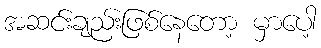
အဆင်းချည်းဖြစ်နေတော့ မှာပေါ့